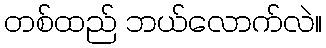
တစ်ထည် ဘယ်လောက်လဲ။